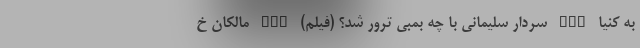
به کنیا nan سردار سلیمانی با چه بمبی ترور شد؟ (فیلم) nan مالکان خ